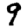
Digit: 9